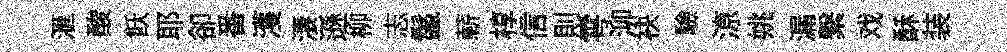
滙酸飫耶卻番濩淒遜柳志鬣蔪椁信則雩泖袂驗鿌姚漏繋戏酥装